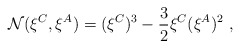
\begin{align*}{\cal N}(\xi^C,\xi^A) = (\xi^C)^3 - {3 \over 2} \xi^C (\xi^A)^2 \ ,\end{align*}